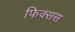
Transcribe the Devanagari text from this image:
फिक्सस